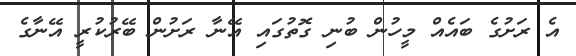
އެ ރަށުގެ ބައެއް މީހުން ބުނި ގޮތުގައި އޭނާ ރަށުން ބޭރުކުރީ އޭނާގެ